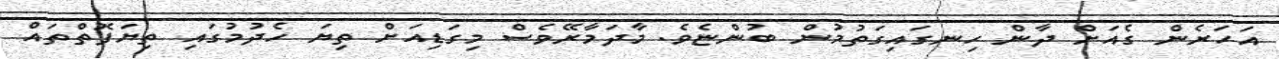
އަހަރެން ގެއަށް ދާން ހިނގައިގަތުމުން ބުންޏެވެ. މާދަމާރޭވެސް މިގަޑިއަށް ތިޔަ ހެދުމުގައި ތިޔަފޮތްތައް